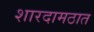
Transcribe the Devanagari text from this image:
शारदामठात